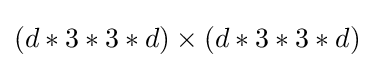
(d*3*3*d)\times (d*3*3*d)